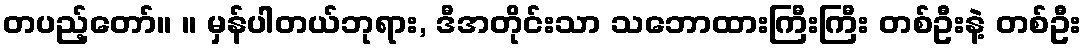
တပည့်တော်။ ။ မှန်ပါတယ်ဘုရား, ဒီအတိုင်းသာ သဘောထားကြီးကြီး တစ်ဦးနဲ့ တစ်ဦး